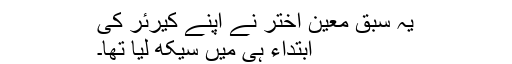
یہ سبق معین اختر نے اپنے کیرئر کی
ابتداء ہی میں سیکھ لیا تھا۔